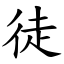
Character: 徒